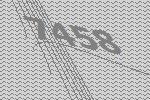
7458